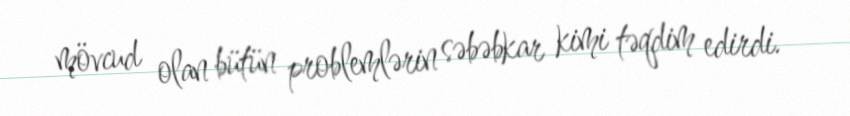
mövcud olan bütün problemlərin səbəbkar kimi təqdim edirdi.